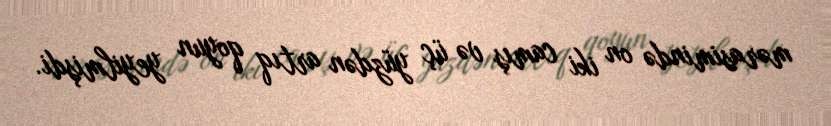
mərasimində on iki camış və üç yüzdən artıq qoyun yeyilmişdi.